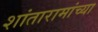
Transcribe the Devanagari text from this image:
शांतारामांच्या